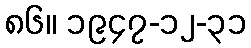
၈၆။ ၁၉၄၇-၁၂-၃၁